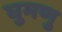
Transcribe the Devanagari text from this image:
घुमणु